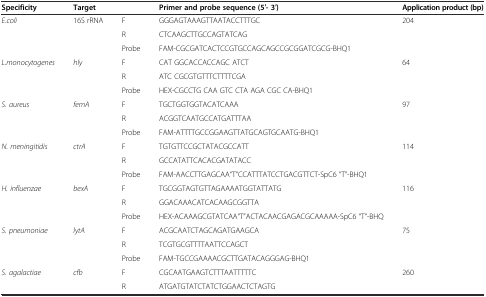
<table><thead><tr><td><b>Specificity</b></td><td><b>Target</b></td><td></td><td><b>Primer and probe sequence (5′- 3′)</b></td><td><b>Application product (bp)</b></td></tr></thead><tbody><tr><td rowspan="3"><i>E.coli</i></td><td rowspan="3">16S rRNA</td><td>F</td><td>GGGAGTAAAGTTAATACCTTTGC</td><td rowspan="3">204</td></tr><tr><td>R</td><td>CTCAAGCTTGCCAGTATCAG</td></tr><tr><td>Probe</td><td>FAM-CGCGATCACTCCGTGCCAGCAGCCGCGGATCGCG-BHQ1</td></tr><tr><td rowspan="3"><i>L.monocytogenes</i></td><td rowspan="3"><i>hly</i></td><td>F</td><td>CAT GGCACCACCAGC ATCT</td><td rowspan="3">64</td></tr><tr><td>R</td><td>ATC CGCGTGTTTCTTTTCGA</td></tr><tr><td>Probe</td><td>HEX-CGCCTG CAA GTC CTA AGA CGC CA-BHQ1</td></tr><tr><td rowspan="3"><i>S. aureus</i></td><td rowspan="3"><i>femA</i></td><td>F</td><td>TGCTGGTGGTACATCAAA</td><td rowspan="3">97</td></tr><tr><td>R</td><td>ACGGTCAATGCCATGATTTAA</td></tr><tr><td>Probe</td><td>FAM-ATTTTGCCGGAAGTTATGCAGTGCAATG-BHQ1</td></tr><tr><td rowspan="3"><i>N. meningitidis</i></td><td rowspan="3"><i>ctrA</i></td><td>F</td><td>TGTGTTCCGCTATACGCCATT</td><td rowspan="3">114</td></tr><tr><td>R</td><td>GCCATATTCACACGATATACC</td></tr><tr><td>Probe</td><td>FAM-AACCTTGAGCAA“T”CCATTTATCCTGACGTTCT-SpC6 “T”-BHQ1</td></tr><tr><td rowspan="3"><i>H. influenzae</i></td><td rowspan="3"><i>bexA</i></td><td>F</td><td>TGCGGTAGTGTTAGAAAATGGTATTATG</td><td rowspan="3">116</td></tr><tr><td>R</td><td>GGACAAACATCACAAGCGGTTA</td></tr><tr><td>Probe</td><td>HEX-ACAAAGCGTATCAA“T”ACTACAACGAGACGCAAAAA-SpC6 “T”-BHQ</td></tr><tr><td rowspan="3"><i>S. pneumoniae</i></td><td rowspan="3"><i>lytA</i></td><td>F</td><td>ACGCAATCTAGCAGATGAAGCA</td><td rowspan="3">75</td></tr><tr><td>R</td><td>TCGTGCGTTTTAATTCCAGCT</td></tr><tr><td>Probe</td><td>FAM-TGCCGAAAACGCTTGATACAGGGAG-BHQ1</td></tr><tr><td><i>S. agalactiae</i></td><td><i>cfb</i></td><td>F</td><td>CGCAATGAAGTCTTTAATTTTTC</td><td>260</td></tr><tr><td></td><td></td><td>R</td><td>ATGATGTATCTATCTGGAACTCTAGTG</td><td></td></tr></tbody></table>